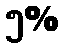
၅%